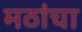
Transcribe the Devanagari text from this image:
मठांचा